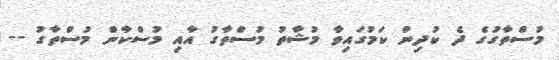
މުސްތާގުގެ ދެ ކުދިން ކަމުގައިވާ މުޝާތު މުސްތާގު އާއި މުސްކާން މުސްތާގު --